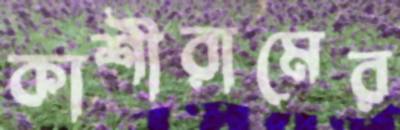
কাশীরামের